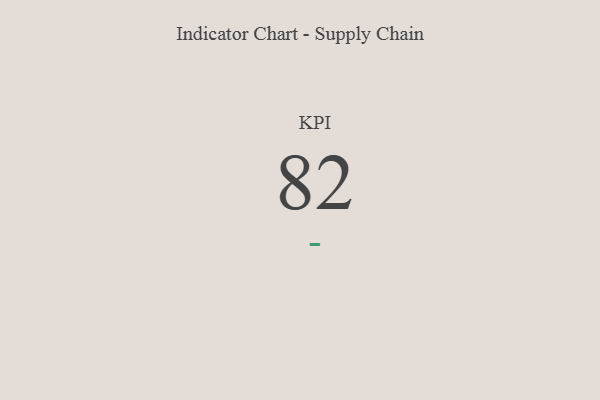
{"axis": {"x": "KPI", "y": "Value"}, "legend": [""], "data": [{"x": "KPI", "y": 82, "type": ""}]}